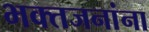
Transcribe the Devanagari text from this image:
भक्तजनांना